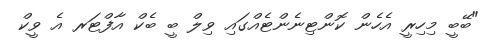
"ބޭބީ މިހިރީ އެހެން ކޮންޓިނެންޓެއްގައި ވިލް ބީ ބެކް އާފްޓަރ އެ ވީކް